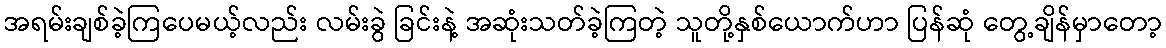
အရမ်းချစ်ခဲ့ကြပေမယ့်လည်း လမ်းခွဲ ခြင်းနဲ့ အဆုံးသတ်ခဲ့ကြတဲ့ သူတို့နှစ်ယောက်ဟာ ပြန်ဆုံ တွေ့ချိန်မှာတော့